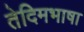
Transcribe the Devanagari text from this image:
तेदिमभाषा